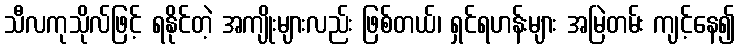
သီလကုသိုလ်ဖြင့် ရနိုင်တဲ့ အကျိုးများလည်း ဖြစ်တယ်၊ ရှင်ရဟန်းများ အမြဲတမ်း ကျင့်နေ၍